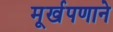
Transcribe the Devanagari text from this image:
मूर्खपणाने